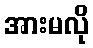
အားမလို